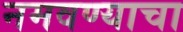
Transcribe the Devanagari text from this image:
नमवण्याचा